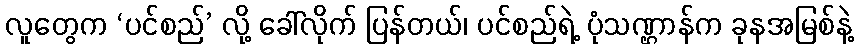
လူတွေက ‘ပင်စည်’ လို့ ခေါ်လိုက် ပြန်တယ်၊ ပင်စည်ရဲ့ ပုံသဏ္ဌာန်က ခုနအမြစ်နဲ့